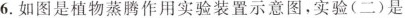
6.如图是植物蒸腾作用实验装置示意图，实验(二)是